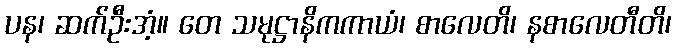
ပန၊ ဆက်ဦးအံ့။ တေ သမုဋ္ဌာနိကကာယံ၊ စာလေတိ၊ နစာလေတီတိ၊